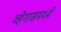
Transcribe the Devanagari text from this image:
व्हेगासमध्ये